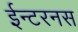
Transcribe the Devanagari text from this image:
ईन्टरनस